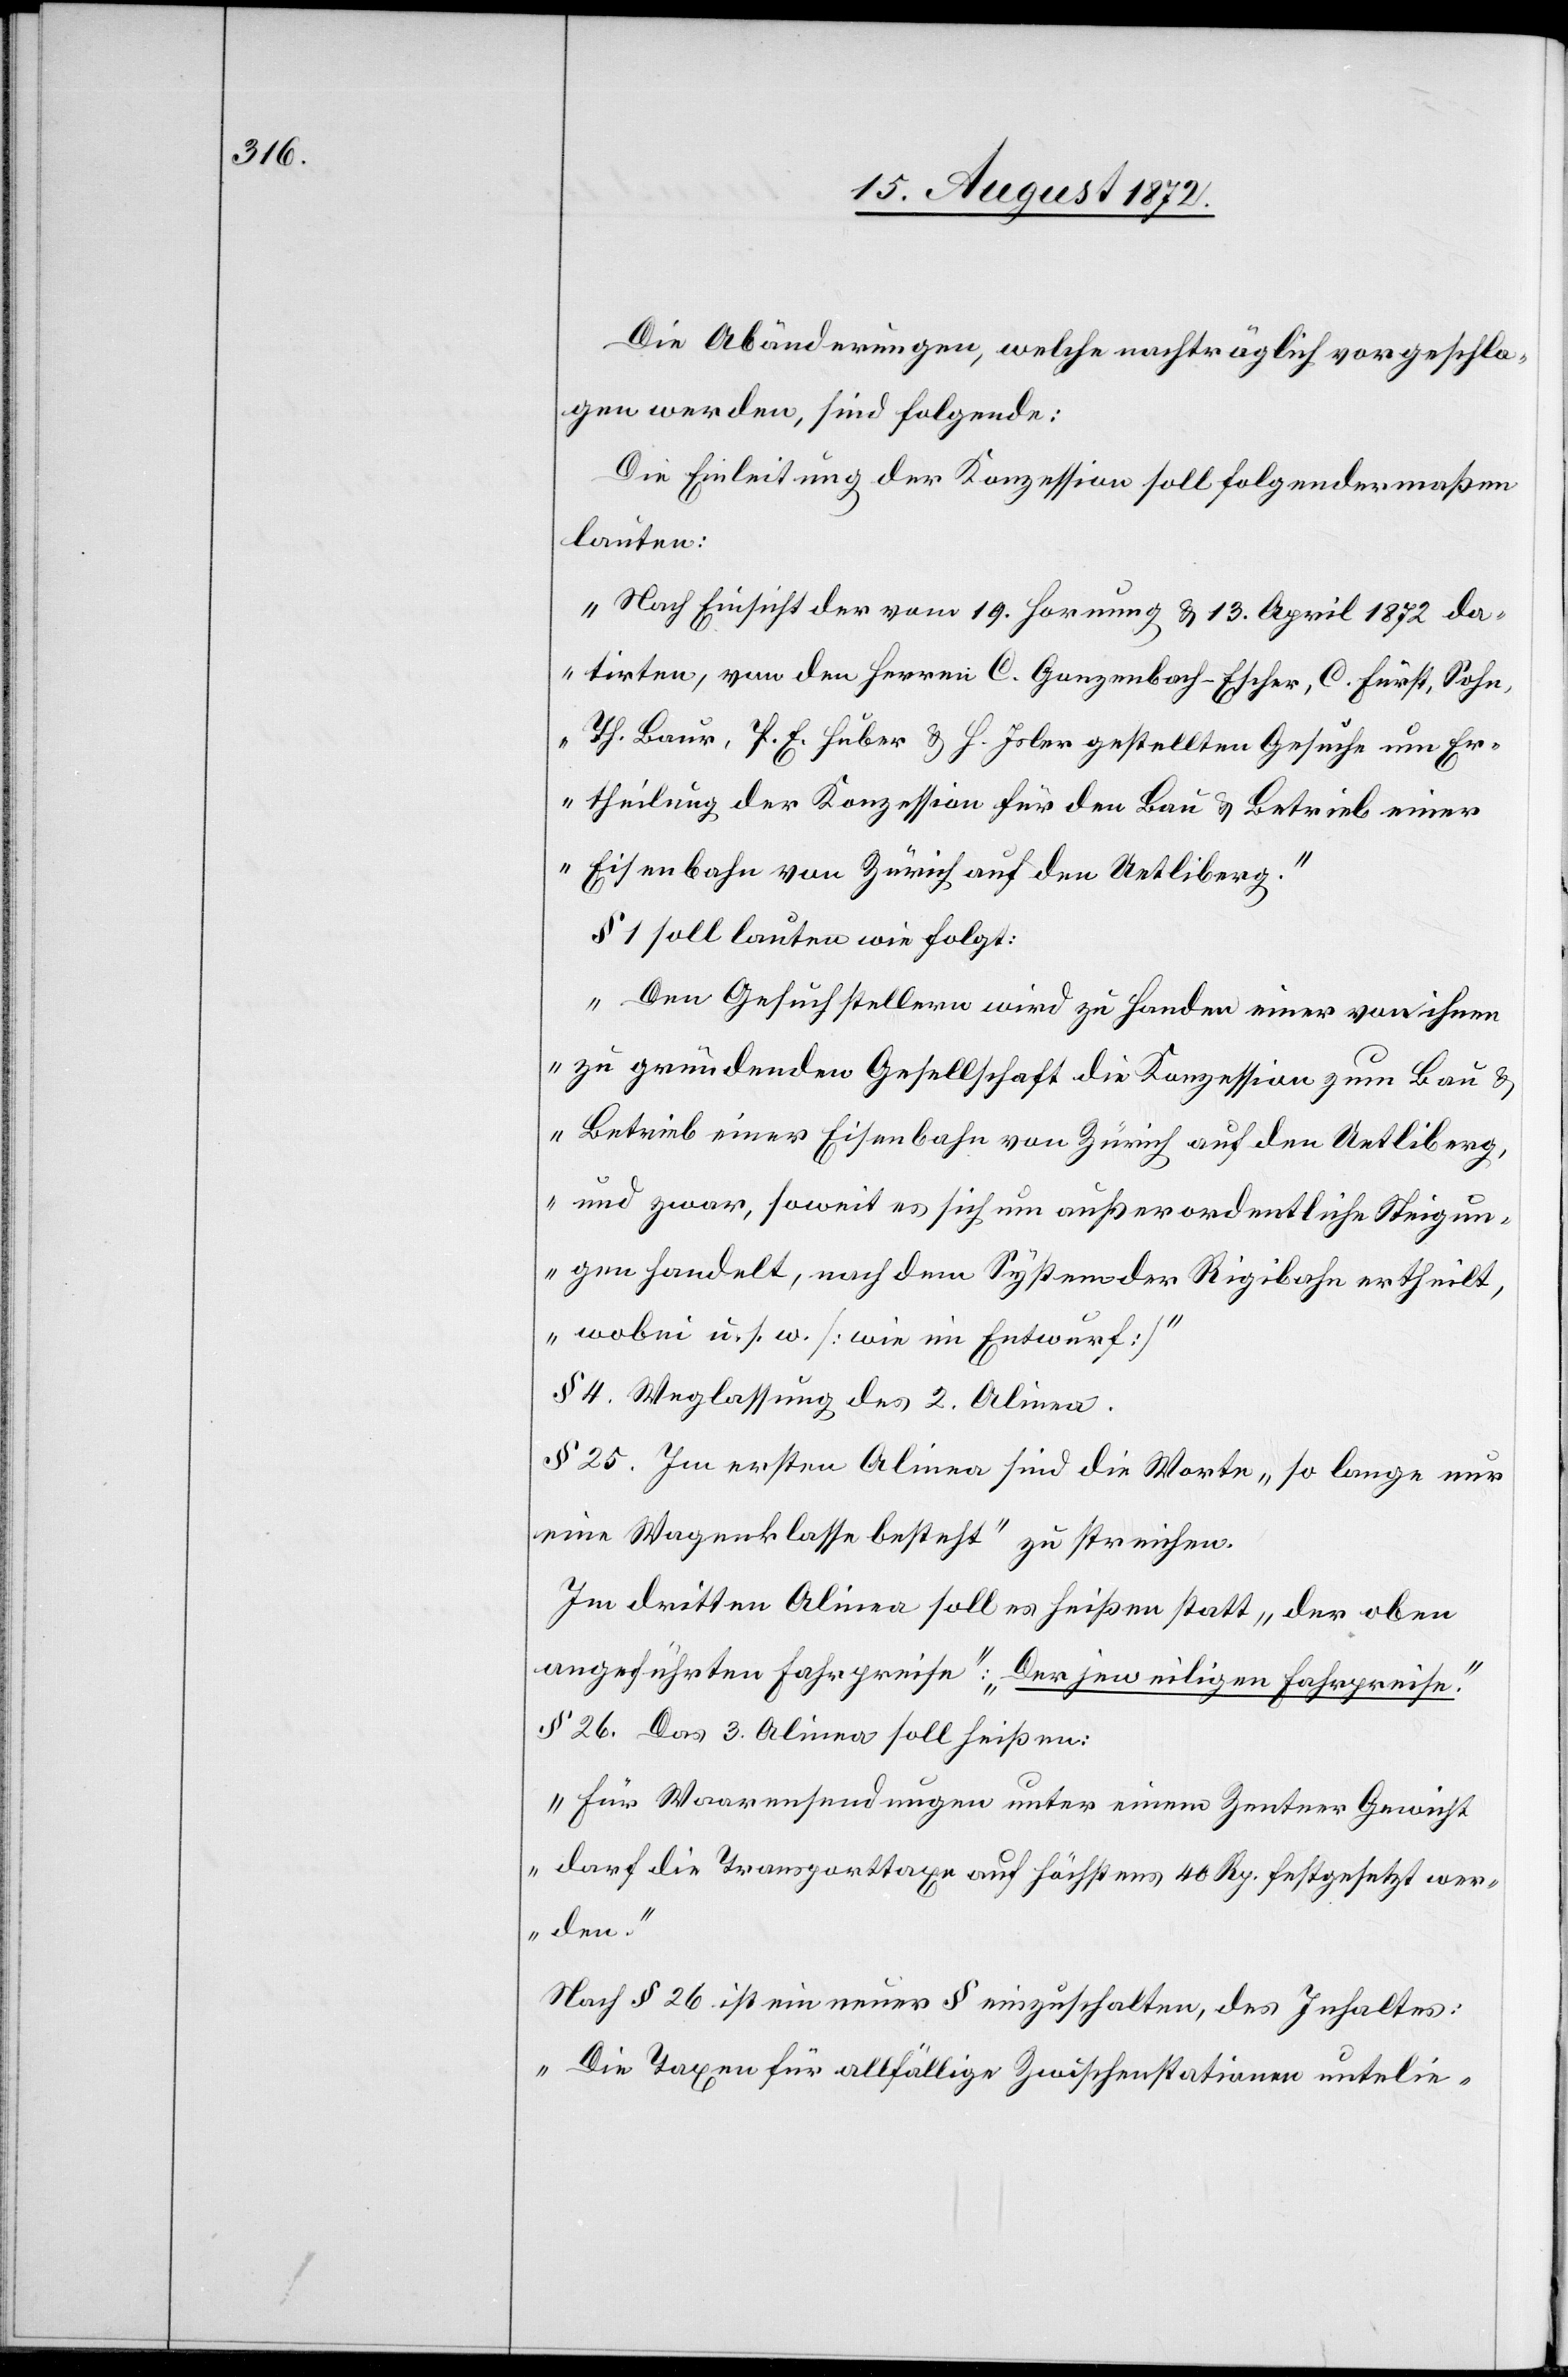
Die Abänderungen, welche nachträglich vorgeschla¬
gen werden, sind folgende:
Die Einleitung der Konzession soll folgendermaßen
lauten:
„Nach Einsicht der vom 19. Hornung u. 13. April 1872 da¬
tirten, von den Herren C. Ganzenbach-Escher, C. Fürst, Sohn,
Th. Baur, P. E. Huber u. H. Isler gestellten Gesuche um Er¬
theilung der Konzession für den Bau u. Betrieb einer
Eisenbahn von Zürich auf den Uetliberg.“
§ 1 soll lauten wie folgt:
„Den Gesuchstellern wird zu Handen einer von ihnen
zu gründenden Gesellschaft die Konzession zum Bau u.
Betrieb einer Eisenbahn von Zürich auf den Uetliberg,
und zwar, soweit es sich um außerordentliche Steigun¬
gen handelt, nach dem System der Rigibahn ertheilt,
wobei u. s. w. [wie Entwurf]“
§ 4. Weglassung des 2. Alinea.
§ 25. Im ersten Alinea sind die Worte „so lange nur
eine Wagenklasse besteht“ zu streichen.
Im dritten Alinea soll es heißen statt „der oben
angeführten Fahrpreise“: „Der jeweiligen Fahrpreise.“
§ 26. Das 3. Alinea soll heißen:
„Für Waarensendungen unter einem Zentner Gewicht
darf die Transporttaxe auf höchstens 40 Rp. festgesetzt wer¬
den.“
Nach § 26 ist ein neuer § einzuschalten, des Inhaltes:
„Die Taxen für allfällige Zwischenstationen unterlie-